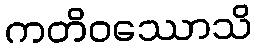
ကတိဝဿောသိ